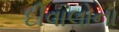
દીવાલોના